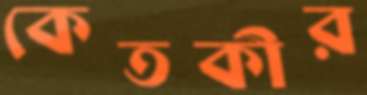
কেতকীর